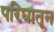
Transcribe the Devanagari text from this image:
परिघातून